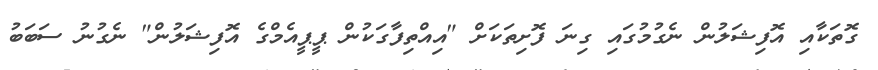
ގޮތަކާއި އޮފިޝަލުން ނެގުމުގައި ގިނަ ފޮށިތަކަށް "އިއްތިފާގަކުން ޕީޕީއެމްގެ އޮފިޝަލުން" ނެގުނު ސަބަބު